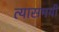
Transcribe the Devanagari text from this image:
त्यासमयी